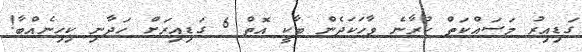
ގަޑިއިރު މަސައްކަތް ކުރާނެ ވާހަކަދެން ބާކީ އޮތް 6 ގަޑިއިރަށް ހަދާނި ކިހިނެއްބާ!